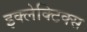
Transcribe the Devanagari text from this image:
इक्लेक्टिक्स